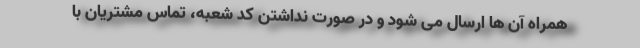
همراه آن ها ارسال می شود و در صورت نداشتن کد شعبه، تماس مشتریان با